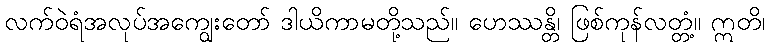
လက်ဝဲရံအလုပ်အကျွေးတော် ဒါယိကာမတို့သည်။ ဟေဿန္တိ၊ ဖြစ်ကုန်လတ္တံ့။ ဣတိ၊